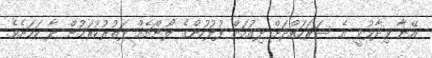
އޭނާ ވިދާޅުވީ އެ ސަރަހައްދަށް ދިއުމަށް ފުލުހުންގެ ލޯންޗެއް ދަތުރުކުރަމުން ދާ ކަމަށެވެ.